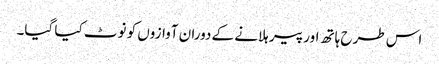
اس طرح ہاتھ اور پیر ہلانے کے دوران آوازوں کو نوٹ کیا گیا۔